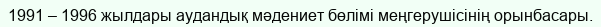
1991 – 1996 жылдары аудандық мәдениет бөлімі меңгерушісінің орынбасары.